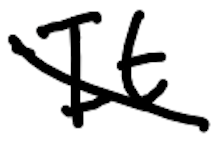
Text: It
Cross-out: diagonal
Writing tool: digital_black